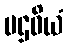
ပဌဝိယံ